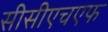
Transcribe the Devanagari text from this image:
सीसीएचएफ